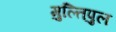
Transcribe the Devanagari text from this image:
मुल्तिपुल